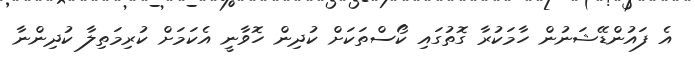
އެ ފައުންޑޭޝަނުން ހާމަކުރާ ގޮތުގައި ކޯސްތަކަށް ކުދިން ހޮވާނީ އެކަމަށް ކުރިމަތިލާ ކުދިންނާ